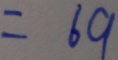
= 6 9